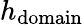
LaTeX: h_{\mathrm{domain}}